Report on vaccination in Madras 1895-1903 - 1895-1903
Year: 1895
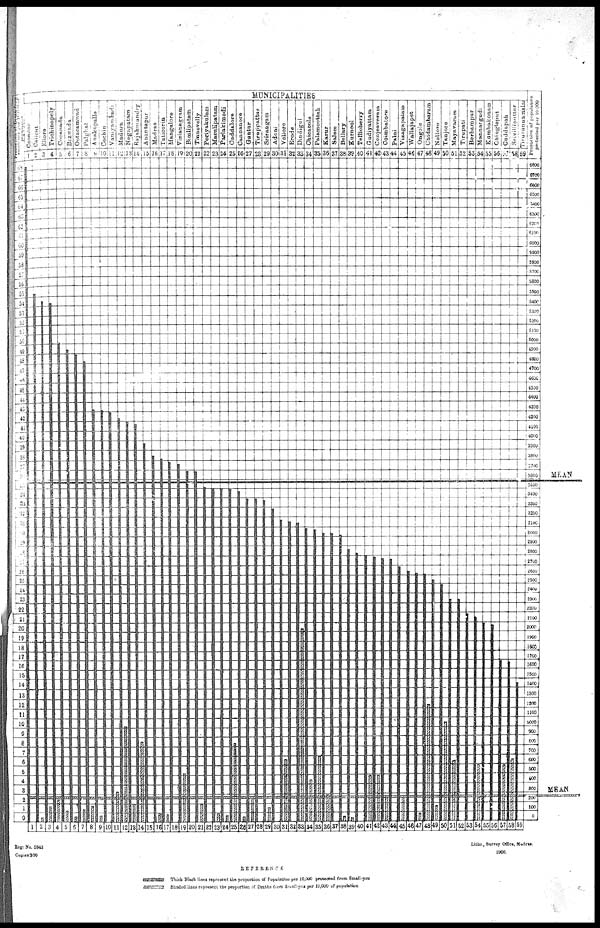
Reg: No. 5843
Copies300
Litho., Survey Office, Madras.
1900.